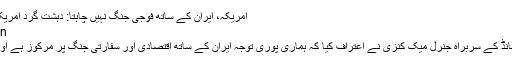
امریکہ، ایران کے ساتھ فوجی جنگ نہیں چاہتا: دہشت گرد امریکی کمانڈر کا اعتراف - Sahar Urdu
Jul ۱۰, ۲۰۲۰ ۱۹:۵۷ Asia/Tehran
امریکہ کی دہشتگرد فوج کی سینٹرل کمانڈ کے سربراہ جنرل میک کنزی نے اعتراف کیا کہ ہماری پوری توجہ ایران کے ساتھ اقتصادی اور سفارتی جنگ پر مرکوز ہے اور ہم ایران سے فوجی جنگ نہیں چاہتے۔